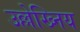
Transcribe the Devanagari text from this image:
उल्लेख्निय